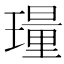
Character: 𬎎